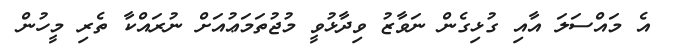
އެ މައްސަލަ އާއި ގުޅިގެން ނަވާޒު ވިދާޅުވީ މުޖުތަމަޢުއަށް ނުރައްކާ ތެރި މީހުން